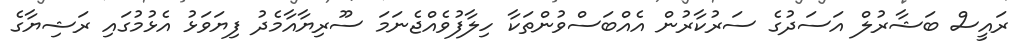
ރައީސް ބަޝާރުލް އަސަދުގެ ސަރުކާރުން އެއްބަސްވުންތަކާ ހިލާފުވެއްޖެނަމަ ސޫރިޔާއާމެދު ފިޔަވަޅު އެޅުމުގައި ރަޝިޔާގެ